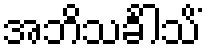
အဘိသင်္ခါသိံ